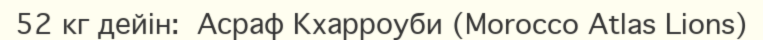
52 кг дейін:  Асраф Кхарроуби (Morocco Atlas Lions)